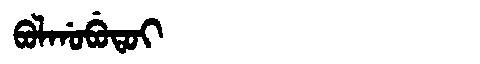
Manchu: ᠪᠣᠯᡤᠣᠪᡠᡨᠣᡳ
Romanization: BOLGOBUTOI